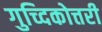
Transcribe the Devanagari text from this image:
गुच्दिकोत्तरी